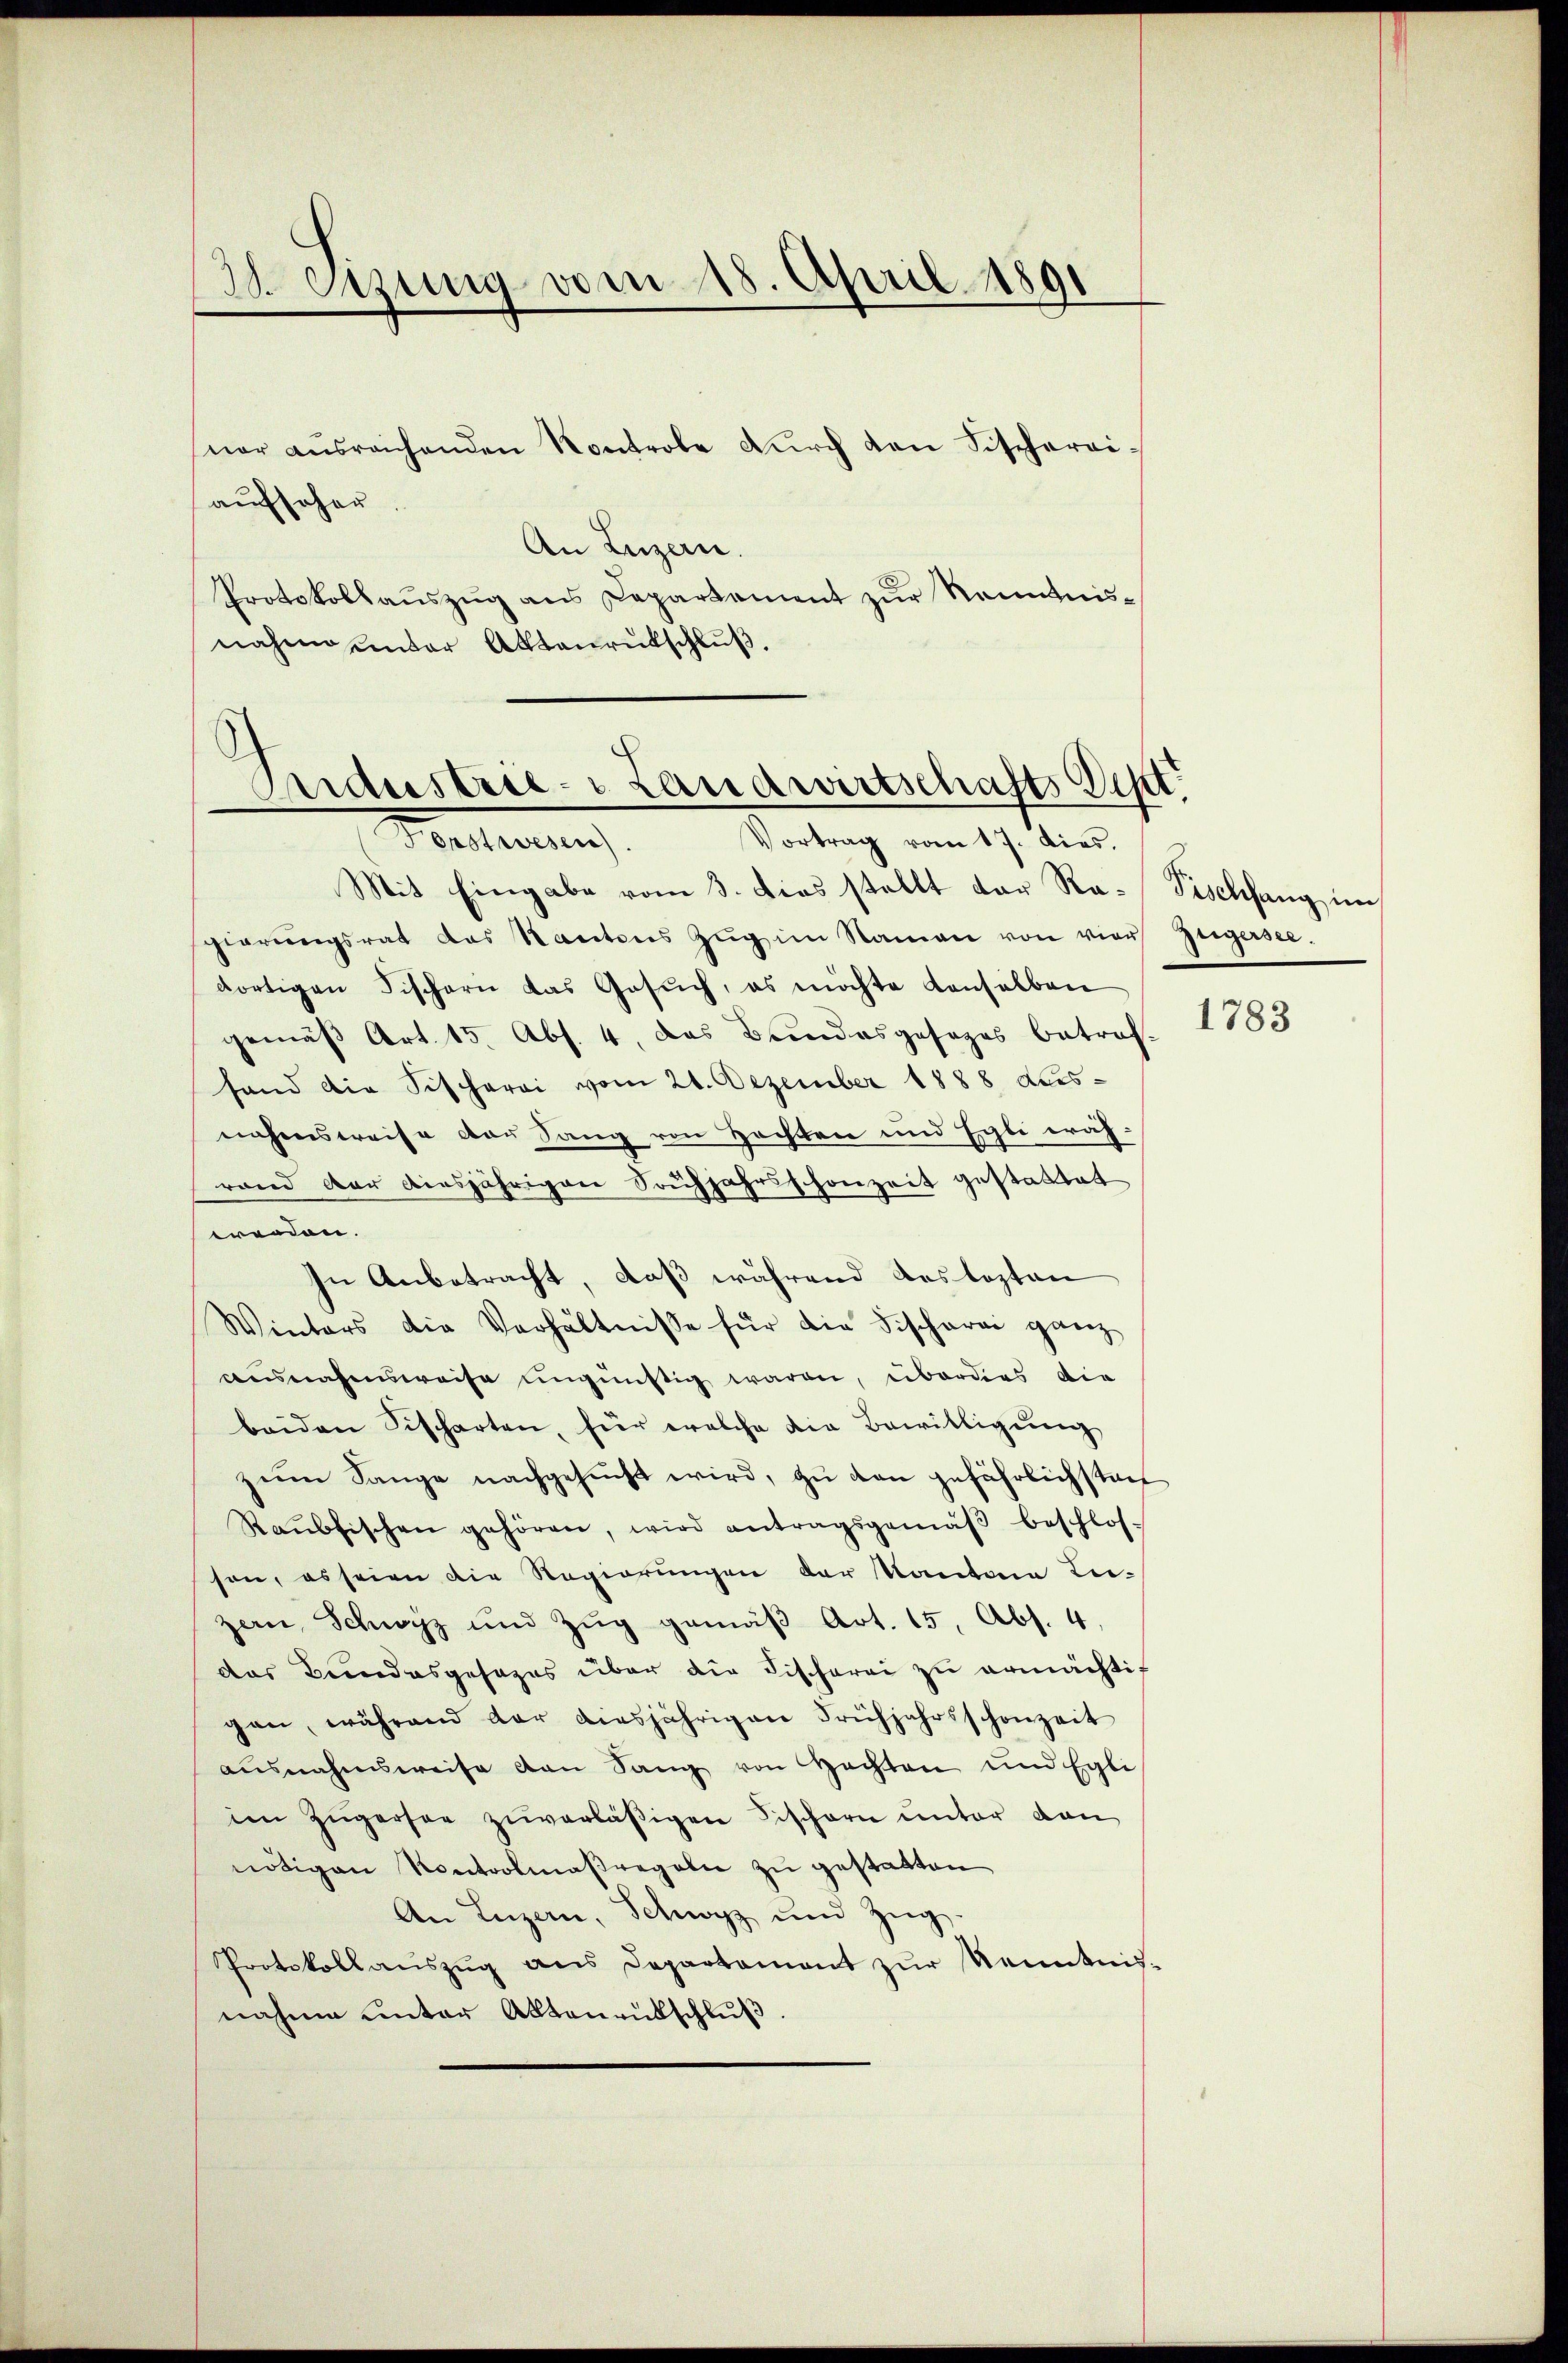
30. Sezung vom 18. April 1891

ner aŭsrechenden Kontrole dŭrch den Fischerei.
aufseher
An Luzern.
Protokollauszug aus Departement zur Renntnisnahm unter Aktenrutschluß,

.
Puidustrie- Landwirtschafts Sept.

Vortrag vom 17. dies.
Betheilung
Mit Eingabe vom 3. dies stellt der Ra-Fischfang im
gierŭngsrat das Kantons Zŭg im Namen von vier
dortigen Fischern das Gesŭch, es möchte denselben
gemäß Art. 15. Abs. 4, das Bundesgesages betref-
fand die Sischerei vom 24. Dezember 1888 Leisnahmsweise vor Sang von Hochten und Egli währand der diesjährigen Soufjahrsschonzeit gestattet
erorden.
In Anbetracht, daß während das lezten
Winters die Verhältnisse für die Fischerei ganz
ausnahmsweise ungünstig waren, überdies die
beiden Fischarten, für welche die Bewilligŭng
zum Sange nachgesucht wird, zu von gefährlichstant
Raŭbfischen gehören, wird antragsgemäβ beschlos-
son, es seien die Regierungen der Kanton Lei-
zern, Schwyz und Zŭg gemäβ Art. 15, Abs. 4.
das Bundesgesezes über die Fischerei zu ermächtig
gen, während der diesjährigen Frühjahrsschonzeit
ausnahmsweise den Sang von Hechten und Egli
im Zügersee zŭverläßigen Fischern unter dan
nötigen Kontoolmaßregeln zu gestatten
An Luzern, Schwyz und Zug,
Protokollaŭszŭg ans Departament zŭr Kenntnis-
nahme unter Aktenrütschluß

Zügersee.

1783